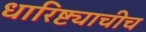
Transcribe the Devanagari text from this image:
धारिष्ट्याचीच